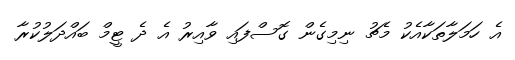
އެ ހަމަލާތަކާއެކު މެޗު ނިމިގެން ގޮސްފައި ވާއިރު އެ ދެ ޓީމް ބައްދަލުކުރާ